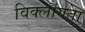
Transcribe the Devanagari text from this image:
विक्लांगता